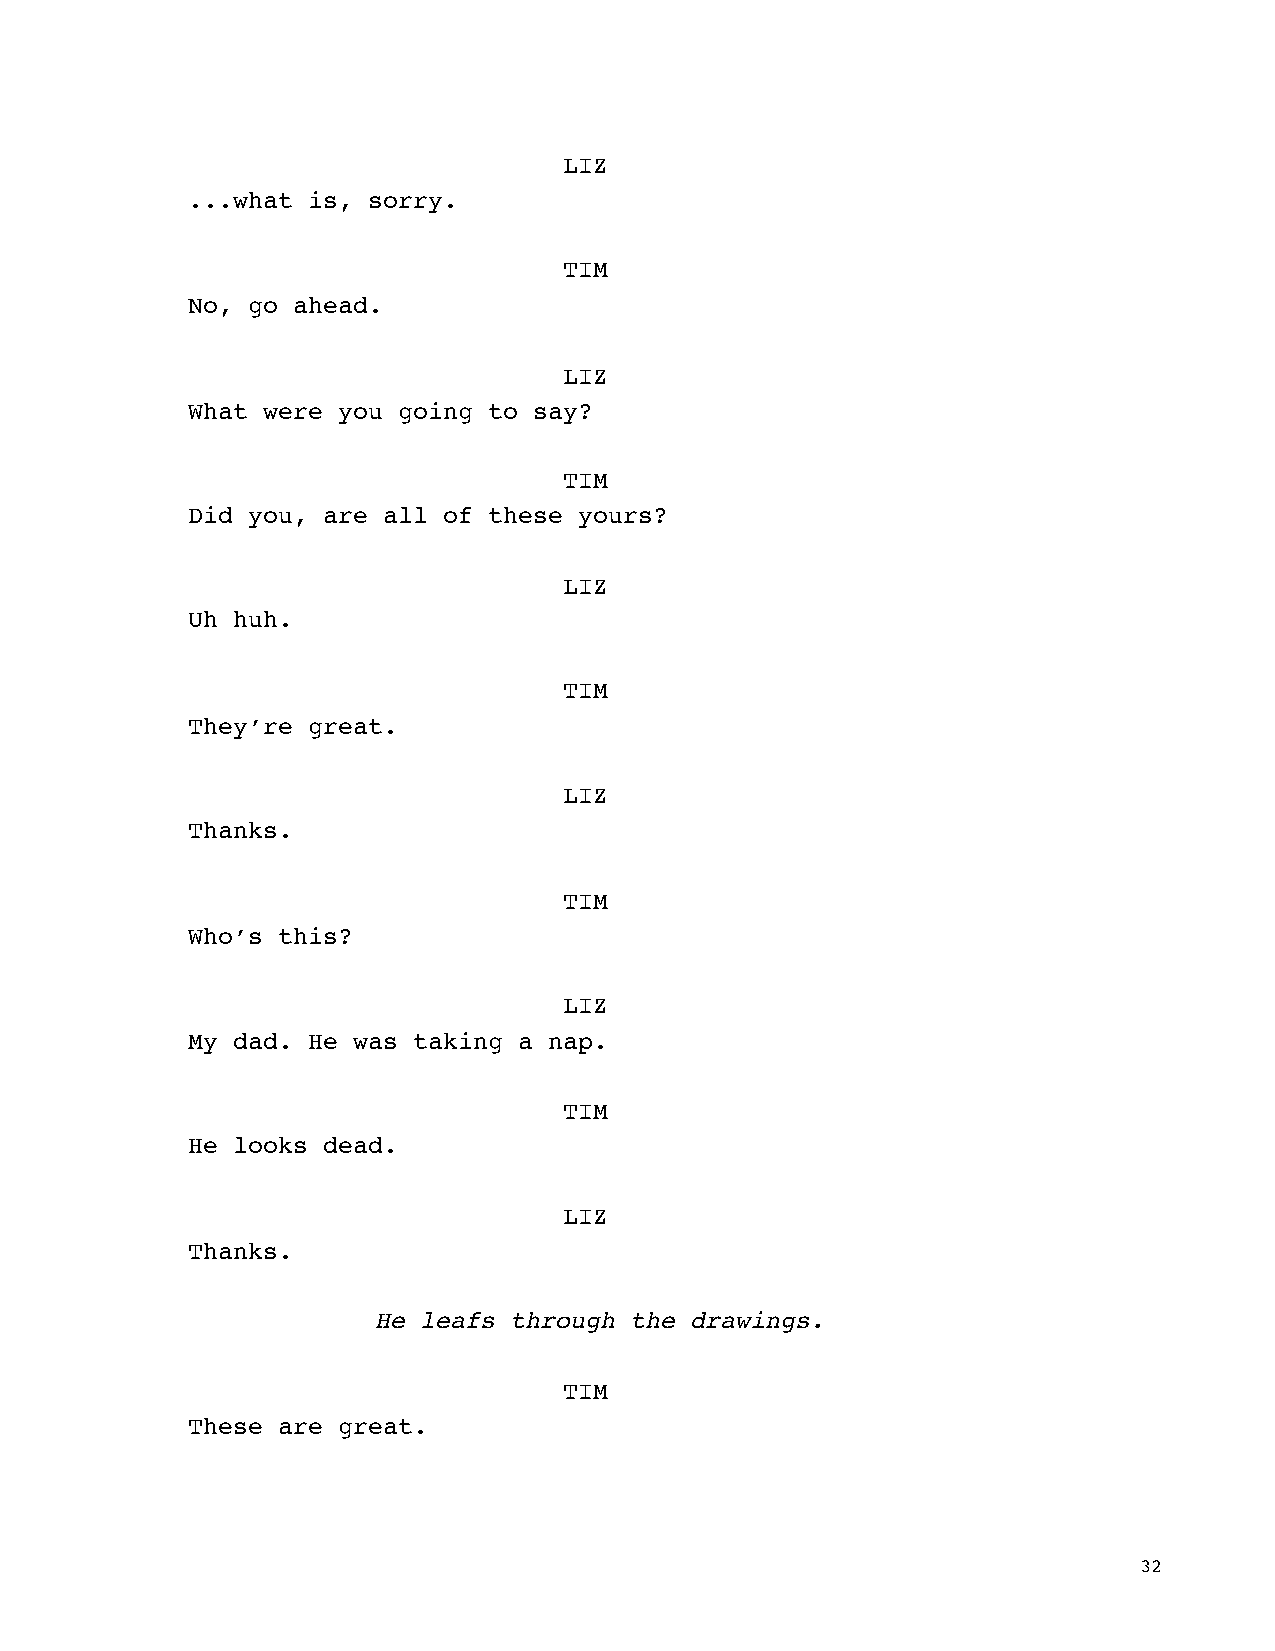
LIZ
 ...what is, sorry.
 TIM
 No, go ahead.
 LIZ
 What were you going to say?
 TIM
 Did you, are all of these yours?
 LIZ
 Uh huh.
 TIM
 They’re great.
 LIZ
 Thanks.
 TIM
 Who’s this?
 LIZ
 My dad. He was taking a nap.
 TIM
 He looks dead.
 LIZ
 Thanks.
 He leafs through the drawings.
 TIM
 These are great.
 32